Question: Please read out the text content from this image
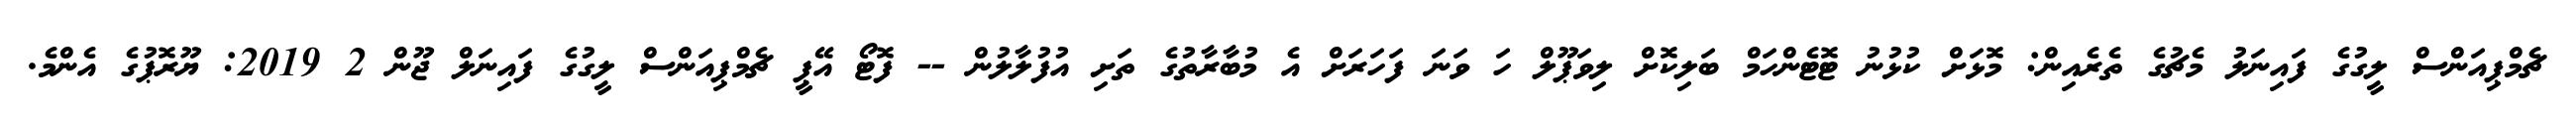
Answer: ޗެމްޕިއަންސް ލީގުގެ ފައިނަލު މެޗުގެ ތެރެއިން: މޮޅަށް ކުޅުނު ޓޮޓެންހަމް ބަލިކޮށް ލިވަޕޫލް ހަ ވަނަ ފަހަރަށް އެ މުބާރާތުގެ ތަށި އުފުލާލުން -- ފޮޓޯ އޭޕީ ޗެމްޕިއަންސް ލީގުގެ ފައިނަލް ޖޫން 2 2019: ޔޫރޮޕުގެ އެންމެ.